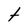
Character: t